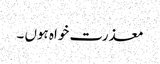
معذرت خواہ ہوں ۔